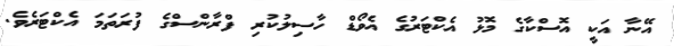
އޭނާ އަކީ އޮސްކާގެ މޮޅު އެކްޓަރުގެ އެވޯޑް ހާސިލުކުރި ފްރާންސްގެ ފުރަތަމަ އެކްޓަރެވެ.